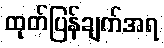
ထုတ်ပြန်ချက်အရ